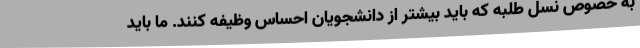
به خصوص نسل طلبه که باید بیشتر از دانشجویان احساس وظیفه کنند. ما باید